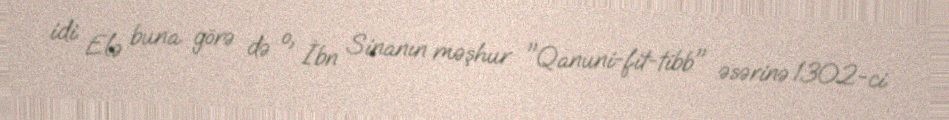
idi. Elə buna görə də o, İbn Sinanın məşhur "Qanuni-fit-tibb" əsərinə 1302-ci